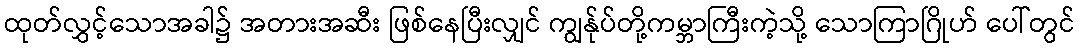
ထုတ်လွှင့်သောအခါ၌ အတားအဆီး ဖြစ်နေပြီးလျှင် ကျွန်ုပ်တို့ကမ္ဘာကြီးကဲ့သို့ သောကြာဂြိုဟ် ပေါ်တွင်